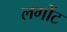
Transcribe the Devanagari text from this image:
लगोंट